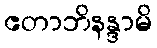
ဧတာဘိနန္ဒာမိ